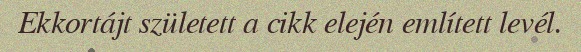
Ekkortájt született a cikk elején említett levél.